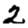
Digit: 2